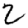
Digit: 2